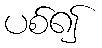
ပစ်၍